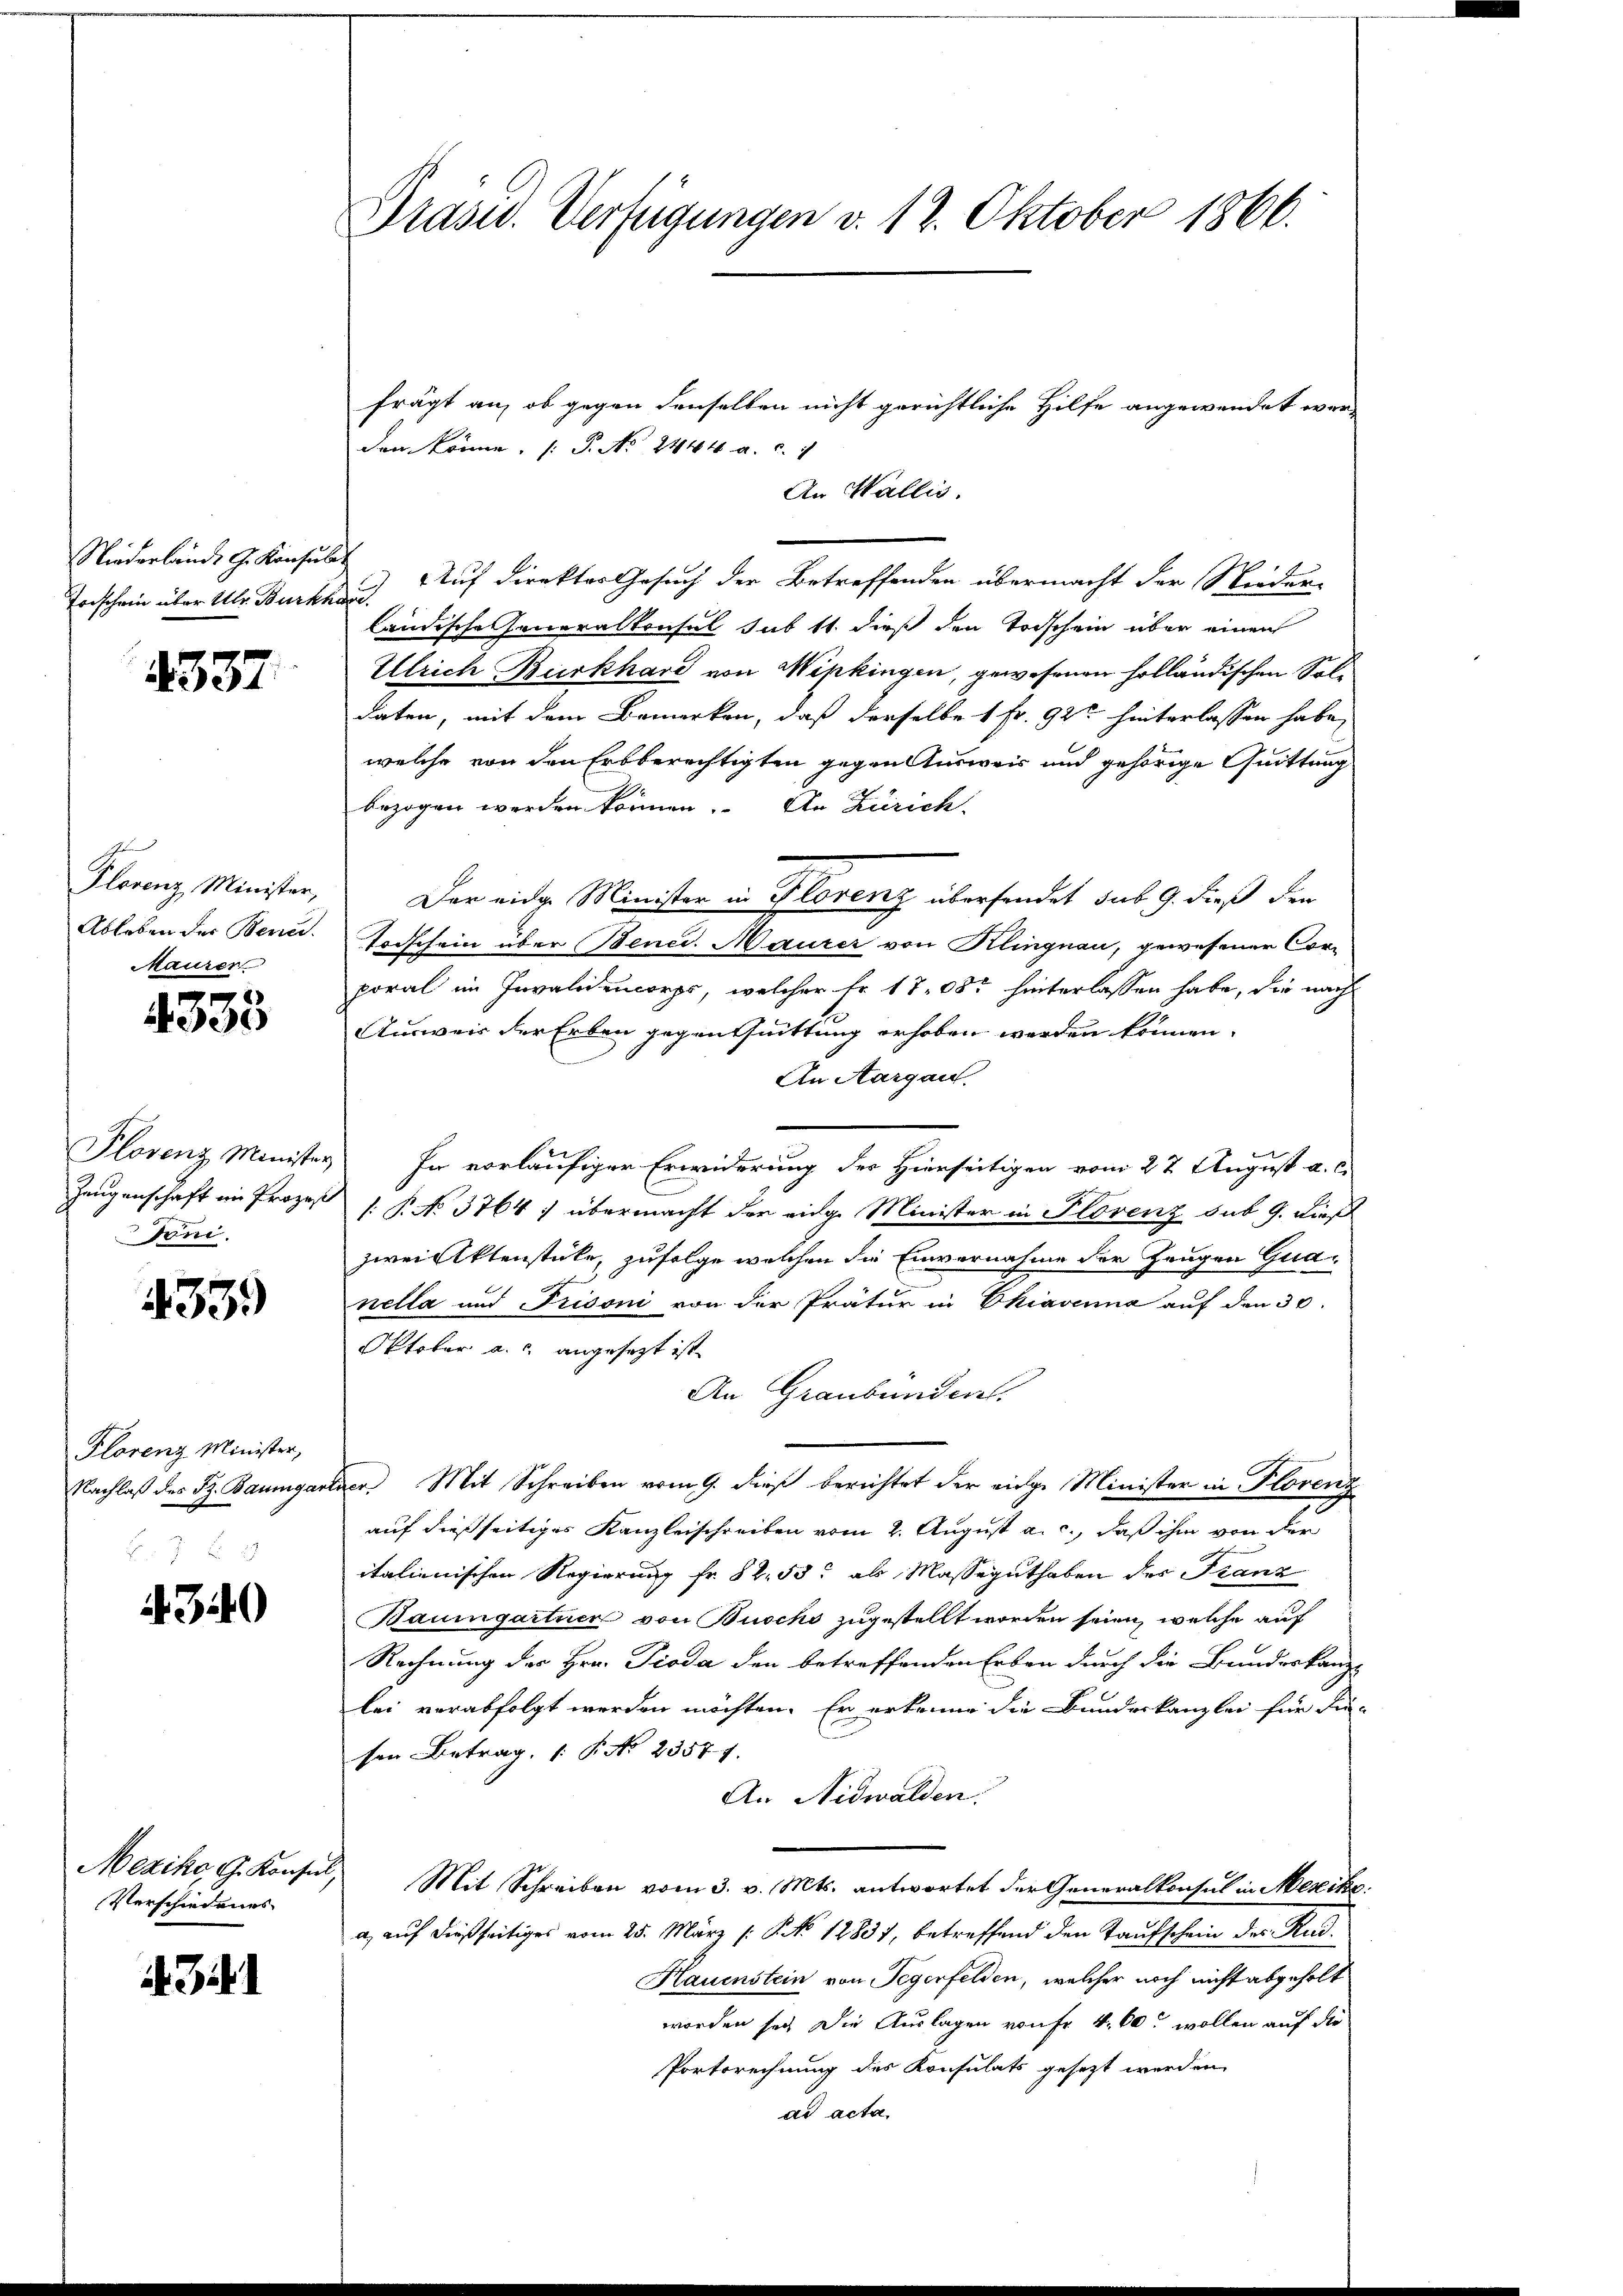
Niederlande G. Konsulat
Forschein über Ulr. Burkhave.

4337.

n
Plorenz Minister,
Ableben der Benu
Maurer

e
4335

Plovenz Minister
Zeugenschaft im Prozes
Toni.

339

Florenz Minister,
Nachlaß des St. Baumgar

4340

Mexiko G. Konsul
Verschiedenes

. 341

Präsid. Verfügungen v. 12. Oktober 1866.

frägt an, ob gegen denselben nicht gerichtliche Hilfe angewendet wer¬
An Wallis.
Auf direktor Gesuch der Betreffenden übermacht der Nieder-
ländische Generalkonsul sub 11. dieß den Todschein über einen
Ullrich Burkhard von Wipkingen, gewesenen holländischen Soldaten, mit dem Bemerken, daß derselbe 1 Fr. 92t hinterlassen habe,
welche von den Erbberechtigten gegen Ausweis und gehörige Quittung
bezogen werden können. An Zürich
Der eidg. Minister in Florenz übersendet sub 9. dieß den
Todschein über Benci. Maurer von Klingnau, gewesener Corporal im Invalidencorps, welcher fr. 1708 hinterlassen habe, die nach
Ausweis der Erben gegen Quittung erhoben werden können.
An Aargau.
e
In vorläufiger Erwiderung der Hierseitigen vom 22 August a. c.
: P. No 3764) übermacht der eidge Minister in Plovenz sub 9. dieß
zwei Aktenstücke, zufolge welchen die Einvernahme der Zeugen Guanella und Prisoni von der Prätur in Chiavanna auf den 30.
Oktober a. angesetzt ist
An Graubünden.
ur Mit Schreiben vom 9. dieß berichtet der eidge Minister in Florenz
auf dießseitiges Kanzleischreiben vom 2. August a. c., daß ihm von der
italienischen Regierung fr. 82. 53 als Masseguthaben des Franz
Baumgartner von Buocho zugestellt worden seien, welche auf
Rechnung der Hrn. Pioda den betreffenden Erben durch die Bundeskanz-
lei verabfolgt werden möchten. Er erkenne die Bunderkanzlei für die
sen Betrag, 1. No. 23577.
An Nidwalden.
Mit Schreiben vom 3. v. Mts. antwortet der Generalkonsul in Mexike
a, auf dießseitiges vom 25. März (N. No 12801, betreffend den Taufschein des Rad¬
Hauenstein von Segerfelden, welcher noch nicht abgeholt
worden sei. Die Auslagen von Fr. 4. 60. wollen auf die
Portsrechnung des Konsulats gesezt werden
ad acta.

den könne, P. Nr. 2444 a. c.